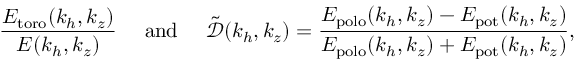
\frac { E _ { \mathrm { t o r o } } ( k _ { h } , k _ { z } ) } { E ( k _ { h } , k _ { z } ) } ~ ~ ~ ~ \mathrm { a n d } ~ ~ ~ ~ \tilde { \mathcal { D } } ( k _ { h } , k _ { z } ) = \frac { E _ { \mathrm { p o l o } } ( k _ { h } , k _ { z } ) - E _ { \mathrm { p o t } } ( k _ { h } , k _ { z } ) } { E _ { \mathrm { p o l o } } ( k _ { h } , k _ { z } ) + E _ { \mathrm { p o t } } ( k _ { h } , k _ { z } ) } ,